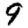
Digit: 9